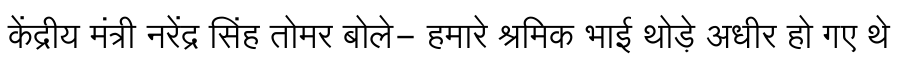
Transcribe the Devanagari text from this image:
केंद्रीय मंत्री नरेंद्र सिंह तोमर बोले- हमारे श्रमिक भाई थोड़े अधीर हो गए थे